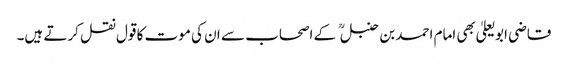
قاضی ابو یعلیٰ بھی امام احمد بن حنبل کے اصحاب سے ان کی موت کا قول نقل کرتے ہیں۔